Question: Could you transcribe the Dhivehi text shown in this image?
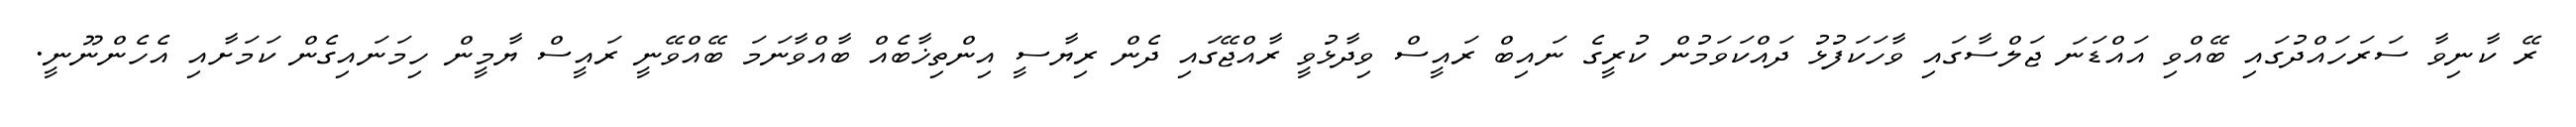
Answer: ރޭ ކާނިވާ ސަރަހައްދުގައި ބޭއްވި އައްޑަނަ ޖަލްސާގައި ވާހަކަފުޅު ދައްކަވަމުން ކުރީގެ ނައިބް ރައީސް ވިދާޅުވީ ރާއްޖޭގައި ދެން ރިޔާސީ އިންތިޚާބެއް ބާއްވާނަމަ ބޭއްވޭނީ ރައީސް ޔާމީން ހިމަނައިގެން ކަމަށާއި އެހެންނޫނީ.